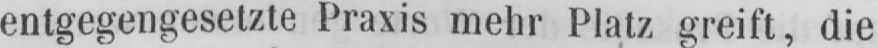
entgegengesetzte Praxis mehr Platz greift, die